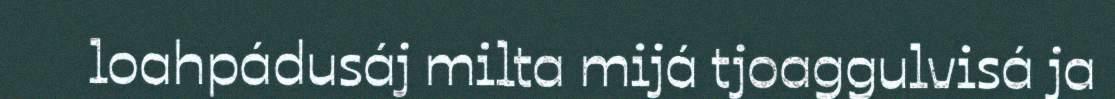
loahpádusáj milta mijá tjoaggulvisá ja